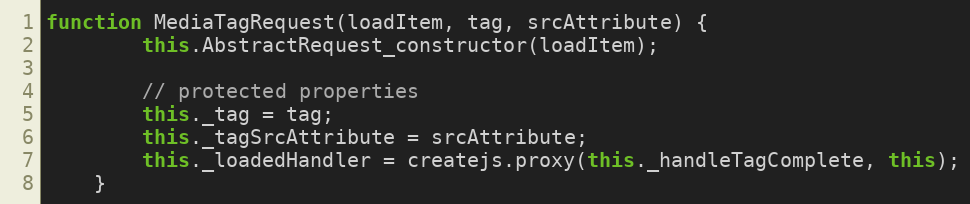
Language: JavaScript
function MediaTagRequest(loadItem, tag, srcAttribute) {
		this.AbstractRequest_constructor(loadItem);

		// protected properties
		this._tag = tag;
		this._tagSrcAttribute = srcAttribute;
		this._loadedHandler = createjs.proxy(this._handleTagComplete, this);
	}